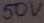
Text: 50V